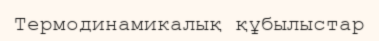
Термодинамикалық құбылыстар